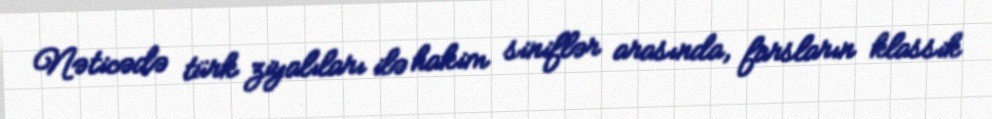
Nəticədə türk ziyalıları ilə hakim siniflər arasında, farsların klassik